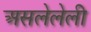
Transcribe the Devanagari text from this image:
असलेलेली